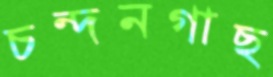
চন্দনগাছ